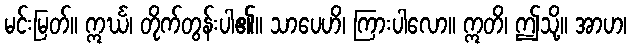
မင်းမြတ်။ ဣင်္ဃ၊ တိုက်တွန်းပါ၏။ သာပေဟိ၊ ကြားပါလော။ ဣတိ၊ ဤသို့။ အာဟ၊